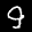
Label: 9